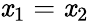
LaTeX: \mathit{x}_{1}=\mathit{x}_{2}